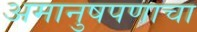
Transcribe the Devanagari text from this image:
अमानुषपणाचा